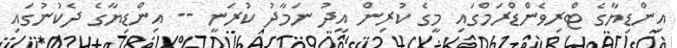
އިންޑިޔާގެ ޓްރިވެންޑްރަމްގައި މީގެ ކުރިން އީދު ނަމާދު ކުރަނީ -- އިންޑިޔާގެ ދެކުނުގައި